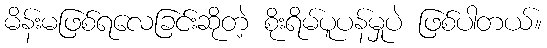
မိန်းမဖြစ်ရလေခြင်းဆိုတဲ့ စိုးရိမ်ပူပန်မှုပဲ ဖြစ်ပါတယ်။